Civil Veterinary Department. United Provinces 1932-42 - 1932-1942
Year: 1932
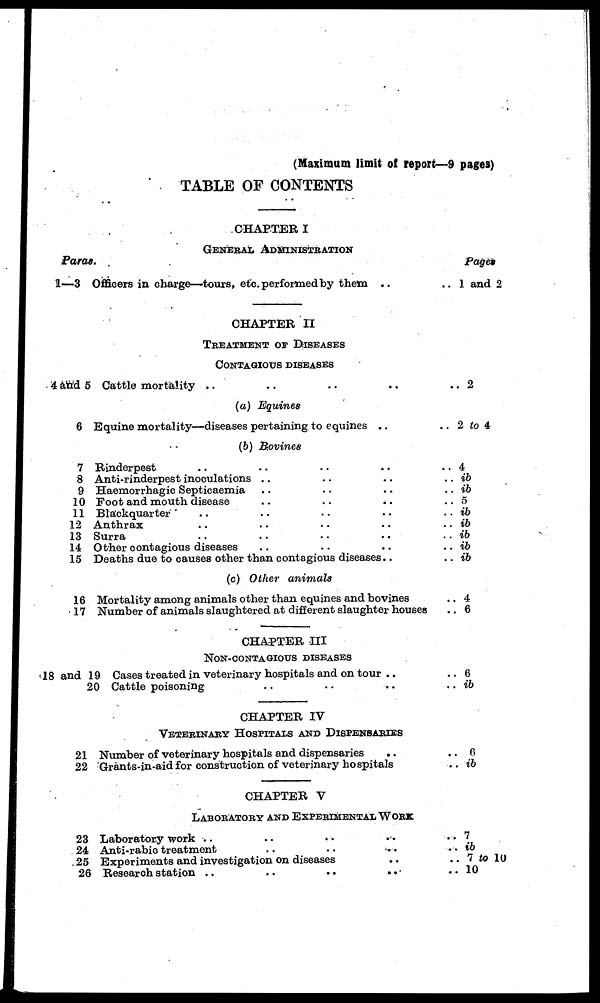
(Maximum limit of report—9 pages)
TABLE OF CONTENTS
CHAPTER I
GENERAL ADMINISTRATION
Paras.
1—3
4 and 5
6
7
8
9
10
11
12
13
14
15
16
17
18 and 19
20
21
22
23
24
25
26
Officers in charge—tours, etc. performed by them
..
CHAPTER II
TREATMENT or DISEASES
CONTAGIOUS DISEASES
Cattle mortality .. .. .. ..
(a) Equines
Equine mortality—diseases pertaining to equines .. ..
(6) Bovines
Rinderpest .. .. .. .. ..
Anti-rinderpest inoculations .. .. .. ..
Haemorrhagic Septicaemia .. .. .. ..
Foot and mouth disease .. .. .. ..
Blackquarter .. .. .. ..
Anthrax .. .. .. ..
Surra .. .. .. ..
Other contagious diseases .. .. .. ..
Deaths due to causes other than contagious diseases.. .. ..
(c) Other
animals
Mortality among animals other than equines and bovines ..
Number of animals slaughtered at different slaughter houses ..
CHAPTER III
NON-CONTAGIOUS DISEASES
Cases treated in veterinary hospitals and on tour .. ..
Cattle poisoning .. .. .. ..
CHAPTER IV
VETERINARY HOSPITALS AND DISPENSARIES
Number of veterinary hospitals and dispensaries
.. ..
Grants-in-aid for construction of veterinary hospitals
CHAPTER V
LABORATORY AND EXPERIMENTAL WORK
Laboratory work .. .. .. .. ..
Anti-rabic treatment .. .. .. ..
Experiments and investigation on diseases .. ..
Research station ..
..
..
..
Pages
1 and 2
.. 2
2 to 4
4
.. ib
.. ib
. 5
. ib
. ib
. ib
. ib
. ib
.. 4
.. 6
.. 6
.. ib
..
6
.. ib
.. 7
..
ib
.. 7 to 10
.. 10